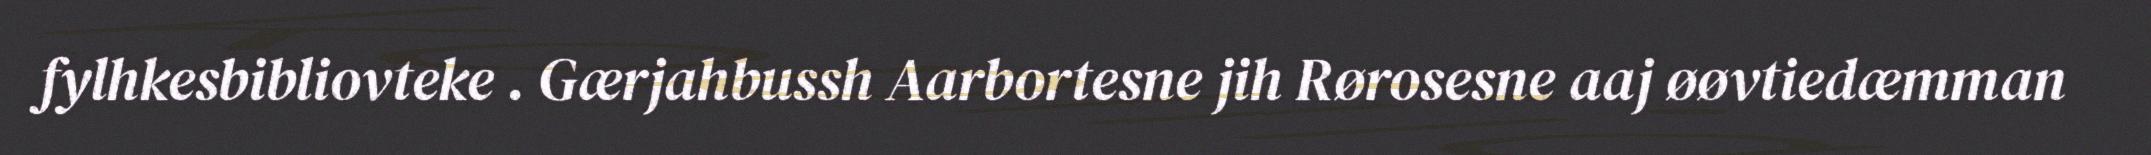
fylhkesbibliovteke . Gærjahbussh Aarbortesne jih Rørosesne aaj øøvtiedæmman